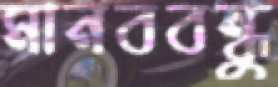
মানববন্ধু